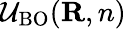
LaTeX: {\cal U}_{\mathrm{BO}}({\mathbf R,n})